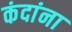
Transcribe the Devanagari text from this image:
कंदांना